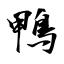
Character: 鴨